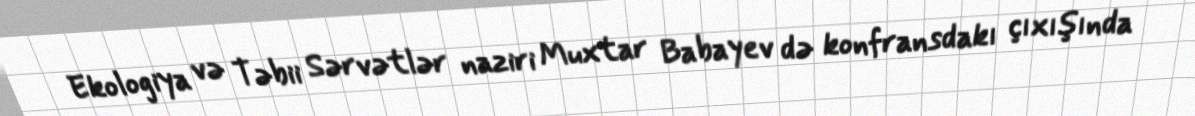
Ekologiya və Təbii Sərvətlər naziri Muxtar Babayev də konfransdakı çıxışında